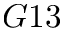
G 1 3